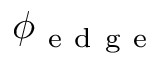
\phi _ { \mathrm { ~ e ~ d ~ g ~ e ~ } }